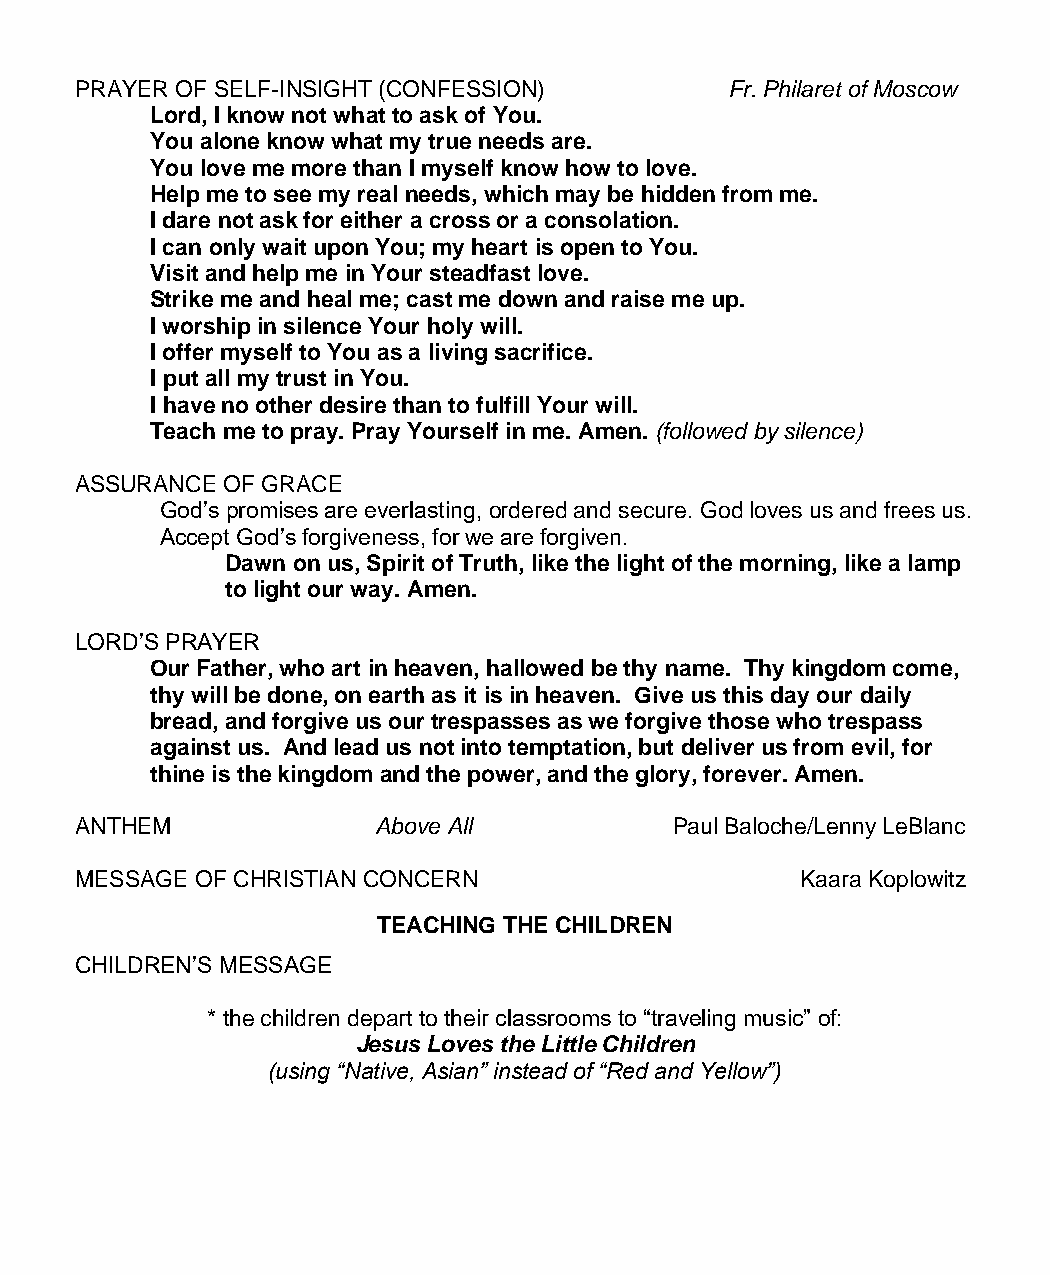
PRAYER OF SELF-INSIGHT (CONFESSION)        Fr. Philaret of Moscow
 Lord, I know not what to ask of You.
 You alone know what my true needs are.
 You love me more than I myself know how to love.
 Help me to see my real needs, which may be hidden from me.
 I dare not ask for either a cross or a consolation.
 I can only wait upon You; my heart is open to You.
 Visit and help me in Your steadfast love.
 Strike me and heal me; cast me down and raise me up.
 I worship in silence Your holy will.
 I offer myself to You as a living sacrifice.
 I put all my trust in You.
 I have no other desire than to fulfill Your will.
 Teach me to pray. Pray Yourself in me. Amen. (followed by silence)
 ASSURANCE OF GRACE
 God’s promises are everlasting, ordered and secure. God loves us and frees us.
 Accept God’s forgiveness, for we are forgiven.
 Dawn on us, Spirit of Truth, like the light of the morning, like a lamp
 to light our way. Amen.
 LORD’S PRAYER
 Our Father, who art in heaven, hallowed be thy name. Thy kingdom come,
 thy will be done, on earth as it is in heaven. Give us this day our daily
 bread, and forgive us our trespasses as we forgive those who trespass
 against us. And lead us not into temptation, but deliver us from evil, for
 thine is the kingdom and the power, and the glory, forever. Amen.
 ANTHEM              Above All           Paul Baloche/Lenny LeBlanc
 MESSAGE OF CHRISTIAN CONCERN                    Kaara Koplowitz
 TEACHING THE CHILDREN
 CHILDREN’S MESSAGE
 * the children depart to their classrooms to “traveling music” of:
 Jesus Loves the Little Children
 (using “Native, Asian” instead of “Red and Yellow”)